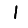
Digit: 1